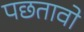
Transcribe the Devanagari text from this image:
पछतावो